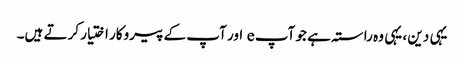
یہی دین ، یہی وہ راستہ ہے جو آپ e اور آپ کے پیروکار اختیار کرتے ہیں۔